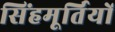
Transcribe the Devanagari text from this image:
सिंहमूर्तियों